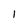
Character: I